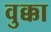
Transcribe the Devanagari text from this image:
वुक्का